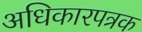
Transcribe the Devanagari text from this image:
अधिकारपत्रक